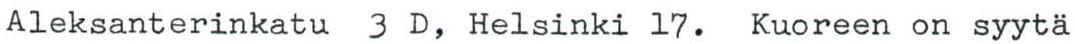
Aleksanterinkatu 3 D, Helsinki 17. Kuoreen on syytä